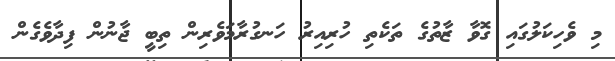
މި ވެހިކަލުގައި ގޮވާ ޒާތުގެ ތަކެތި ހުރިއިރު ހަނގުރާމަވެރިން ތިބީ ޖާނުން ފިދާވެގެން